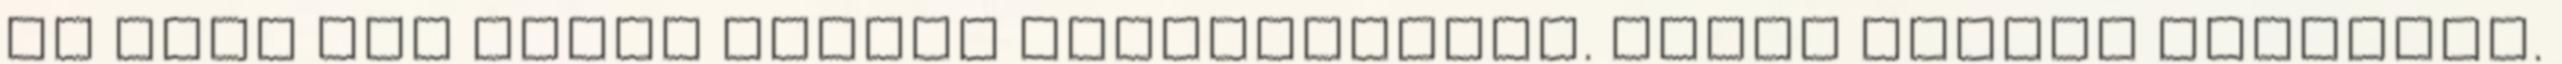
az hogy még sosem főztem babfőzeléket. Pedig nagyon szeretem.